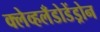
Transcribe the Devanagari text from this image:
क्लेव्हलँडोडेंड्रोन